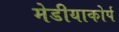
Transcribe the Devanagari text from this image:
मेडीयाकोर्प